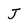
Character: J